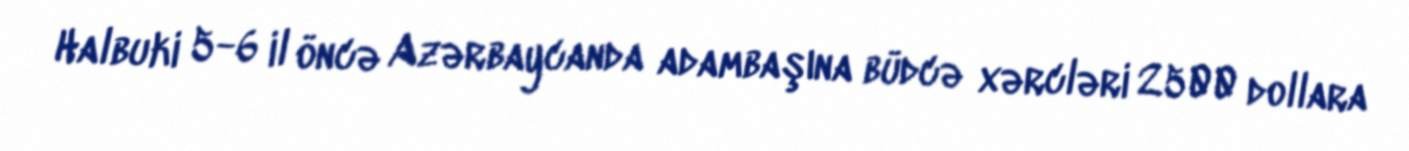
Halbuki 5-6 il öncə Azərbaycanda adambaşına büdcə xərcləri 2500 dollara